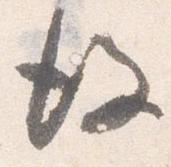
後